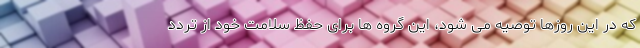
که در این روزها توصیه می شود، این گروه ها برای حفظ سلامت خود از تردد